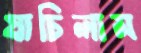
যাচিলাম